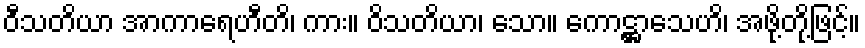
ဝီသတိယာ အာကာရေဟီတိ၊ ကား။ ဝိသတိယာ၊ သော။ ကောဋ္ဌာသေဟိ၊ အဖို့တို့ဖြင့်။